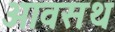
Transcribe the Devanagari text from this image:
आवसथ